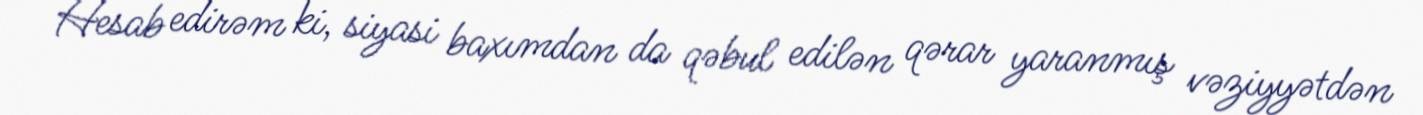
Hesab edirəm ki, siyasi baxımdan da qəbul edilən qərar yaranmış vəziyyətdən